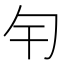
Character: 𠣍